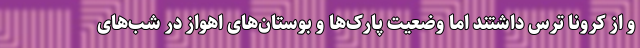
و از کرونا ترس داشتند اما وضعیت پارک‌ها و بوستان‌های اهواز در شب‌های